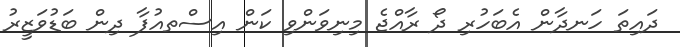
ދައިތަ ހަނދާން އެބަހުރި ދޯ ރާއްޖެ މިނިވަންވި ކަން އިސްތއުފާ ދިން ބަޑުވަޒީރު